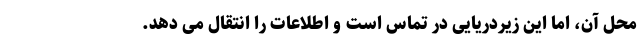
محل آن، اما این زیردریایی در تماس است و اطلاعات را انتقال می دهد.